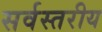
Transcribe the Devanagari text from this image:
सर्वस्तरीय